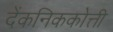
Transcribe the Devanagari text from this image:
देंकनिककोत्ती